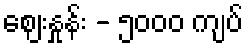
ဈေးနှုန်း - ၅၀၀၀ ကျပ်